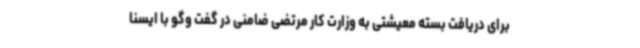
برای دریافت بسته معیشتی به وزارت کار مرتضی ضامنی در گفت وگو با ایسنا